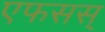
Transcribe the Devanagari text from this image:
एफसस्